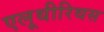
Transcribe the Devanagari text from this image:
एलूथीरिथस